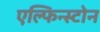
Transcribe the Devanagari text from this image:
एल्फिन्स्टोन